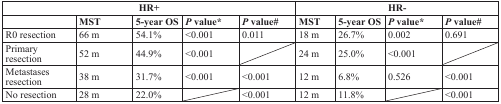
<table><thead><tr><td colspan="5"><b>HR+</b></td><td colspan="4"><b>HR-</b></td></tr><tr><td></td><td><b>MST</b></td><td><b>5-year OS</b></td><td><b><i>P</i>value<sup>*</sup></b></td><td><b><i>P</i> value#</b></td><td><b>MST</b></td><td><b>5-year OS</b></td><td><b><i>P</i> value<sup>*</sup></b></td><td><b><i>P</i>value#</b></td></tr></thead><tbody><tr><td>R0 resection</td><td>66 m</td><td>54.1%</td><td>&lt;0.001</td><td>0.011</td><td>18 m</td><td>26.7%</td><td>0.002</td><td>0.691</td></tr><tr><td>Primary resection</td><td>52 m</td><td>44.9%</td><td>&lt;0.001</td><td></td><td>24 m</td><td>25.0%</td><td>&lt;0.001</td><td></td></tr><tr><td>Metastases resection</td><td>38 m</td><td>31.7%</td><td>&lt;0.001</td><td>&lt;0.001</td><td>12 m</td><td>6.8%</td><td>0.526</td><td>&lt;0.001</td></tr><tr><td>No resection</td><td>28 m</td><td>22.0%</td><td></td><td>&lt;0.001</td><td>12 m</td><td>11.8%</td><td></td><td>&lt;0.001</td></tr></tbody></table>